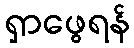
ရှာဖွေရန်